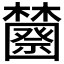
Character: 𰙆